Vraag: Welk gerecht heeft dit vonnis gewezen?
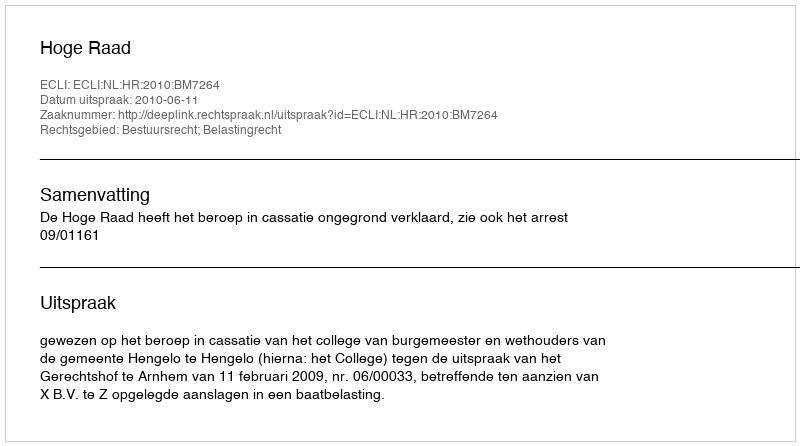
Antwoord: Hoge Raad